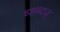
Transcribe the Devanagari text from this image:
च्शब्दज्